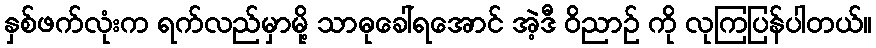
နှစ်ဖက်လုံးက ရက်လည်မှာမို့ သာဓုခေါ်ရအောင် အဲ့ဒီ ဝိညာဉ် ကို လုကြပြန်ပါတယ်။